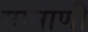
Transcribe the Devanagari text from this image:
मामाणी